Indian journal of veterinary science and animal husbandry - Volume 8,
Year: 1938
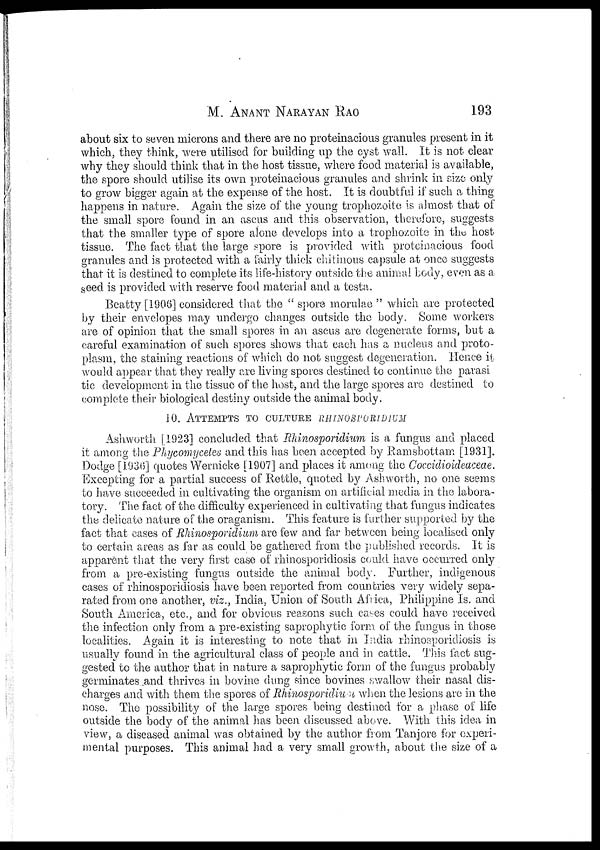
M.
ANANT
NARAYAN
RAO
193
about six to seven microns and there are no proteinacious granules present in it
which, they think, were utilised for building up the cyst wall. It is not clear
why they should think that in the host tissue, where food material is available,
the spore should utilise its own proteinacious granules and shrink in size only
to grow bigger again at the expense of the host. It is doubtful if such a thing
happens in nature. Again the size of the young trophozoite is almost that of
the small spore found in an ascus and this observation, therefore, suggests
that the smaller type of spore alone develops into a trophozoite in the host
tissue. The fact that the large spore is provided with proteinacious food
granules and is protected with a fairly thick chitinous capsule at once suggests
that it is destined to complete its life-history outside the animal body, even as a
seed is provided with reserve food material and a testa.
Beatty [1906] considered that the " spore morulae " which are protected
by their envelopes may undergo changes outside the body. Some workers
are of opinion that the small spores in an ascus are degenerate forms, but a
careful examination of such spores shows that each has a nucleus and proto-
plasm, the staining reactions of which do not suggest degeneration. Hence it
would appear that they really are living spores destined to continue the parasi
tic development in the tissue of the host, and the large spores are destined to
complete their biological destiny outside the animal body.
10. ATTEMPTS TO CULTURE RHINOSPORIDIUM
Ashworth [1923] concluded that Rhinosporidium is a fungus and placed
it among the Phycomycetes and this has been accepted by Ramsbottam [1931].
Dodge [1936] quotes Wernicke [1907] and places it among the Coccidioideaceae.
Excepting for a partial success of Rettle, quoted by Ashworth, no one seems
to have succeeded in cultivating the organism on artificial media in the labora-
tory. The fact of the difficulty experienced in cultivating that fungus indicates
the delicate nature of the oraganism. This feature is further supported by the
fact that cases of Rhinosporidium are few and far between being localised only
to certain areas as far as could be gathered from the published records. It is
apparent that the very first case of rhinosporidiosis could have occurred only
from a pre-existing fungus outside the animal body. Further, indigenous
cases of rhinosporidiosis have been reported from countries very widely sepa-
rated from one another, viz., India, Union of South Africa, Philippine Is. and
South America, etc., and for obvious reasons such cases could have received
the infection only from a pre-existing saprophytic form of the fungus in those
localities. Again it is interesting to note that in India rhinosporidiosis is
usually found in the agricultural class of people and in cattle. This fact sug-
gested to the author that in nature a saprophytic form of the fungus probably
germinates and thrives in bovine dung since bovines swallow their nasal dis-
charges and with them the spores of Rhinosporidium when the lesions are in the
nose. The possibility of the large spores being destined for a phase of life
outside the body of the animal has been discussed above. With this idea in
view, a diseased animal was obtained by the author from Tanjore for experi-
mental purposes. This animal had a very small growth, about the size of a